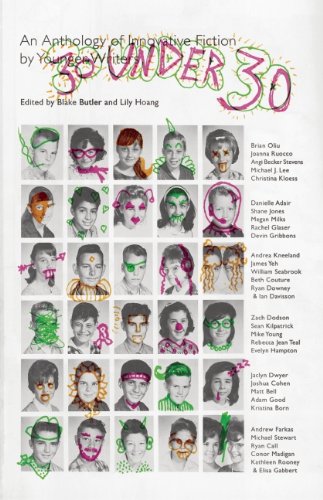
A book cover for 30 Under 30: An Anthology of Innovative Fiction by Younger Writers; Blake Butler; Literature & Fiction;